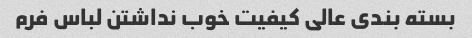
بسته بندی عالی کیفیت خوب نداشتن لباس فرم